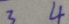
3 4